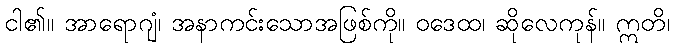
ငါ၏။ အာရောဂျံ၊ အနာကင်းသောအဖြစ်ကို။ ဝဒေထ၊ ဆိုလေကုန်။ ဣတိ၊